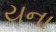
યના